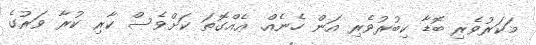
މަކަރުވެރި ބޮޑާ ކިބުރުވެރި އަން ހެނެއް. ޢެއްގޮތަ ކަށްވެސް ކާރި ކުރާ ވަރުގެ